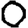
Digit: 0